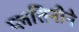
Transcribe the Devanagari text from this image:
प्लतिनीने